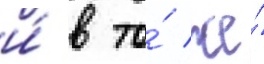
и́ в то́ же́